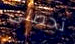
تحصلى